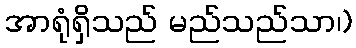
အာရုံရှိသည် မည်သည်သာ၊)